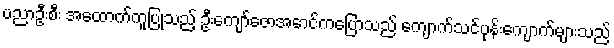
ပညာဦးစီး အထောက်ကူပြုသည့် ဦးကျော်ဇောအောင်ကပြောသည် ကျောက်သင်ပုန်းကျောက်များသည်